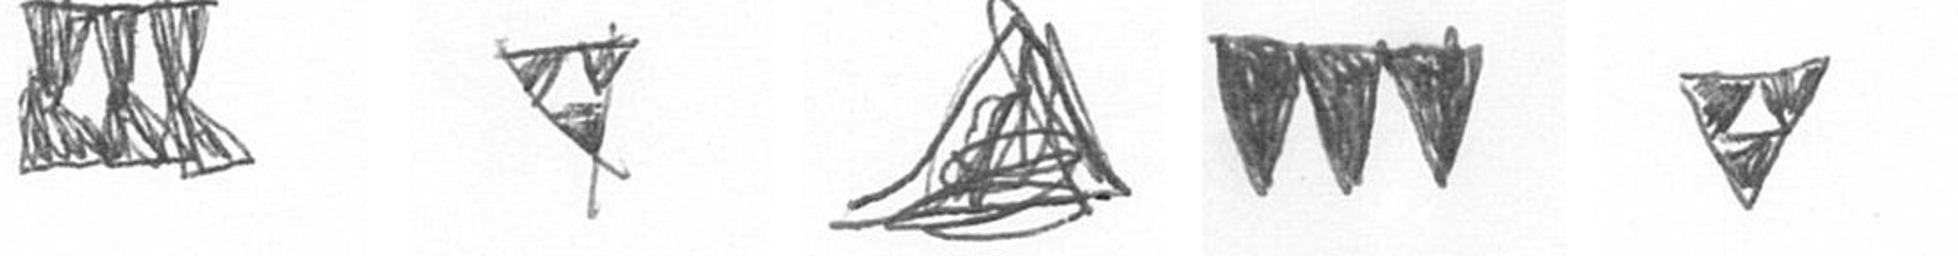
D S O L S